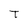
Character: T